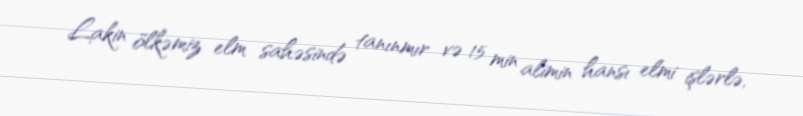
Lakin ölkəmiz elm sahəsində tanınmır və 15 min alimin hansı elmi işlərlə,